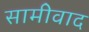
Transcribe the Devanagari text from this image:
सामीवाद